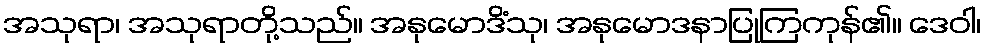
အသုရာ၊ အသုရာတို့သည်။ အနုမောဒိံသု၊ အနုမောဒနာပြုကြကုန်၏။ ဒေဝါ၊